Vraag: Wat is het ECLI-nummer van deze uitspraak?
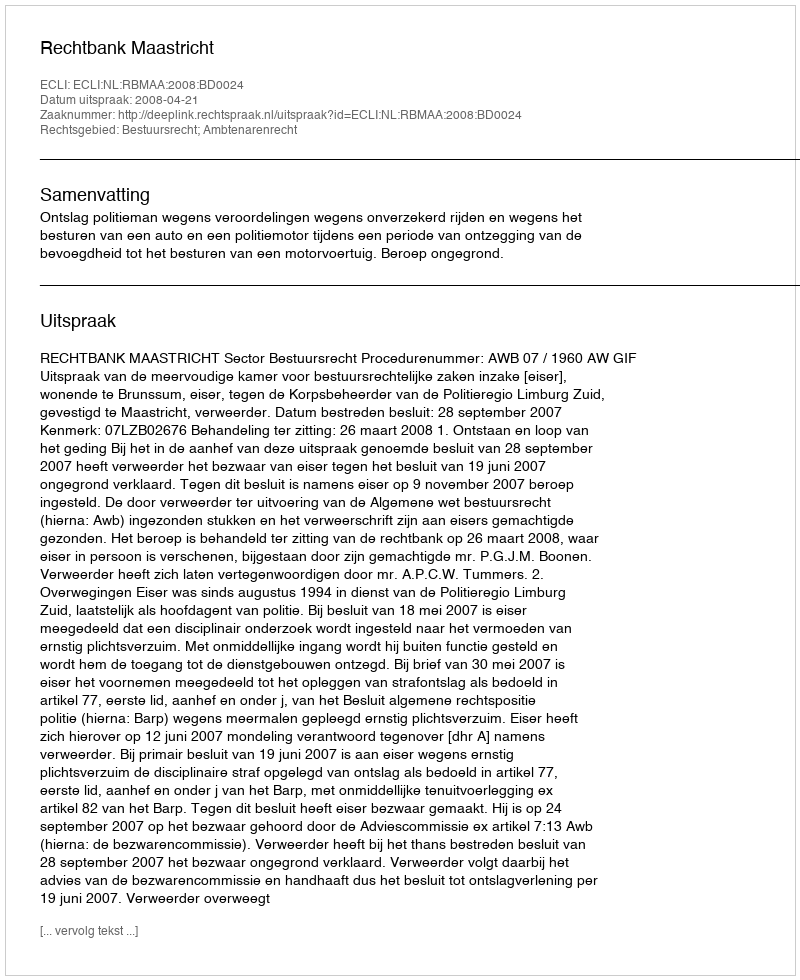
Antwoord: ECLI:NL:RBMAA:2008:BD0024